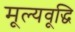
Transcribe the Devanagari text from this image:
मूल्यवूद्धि